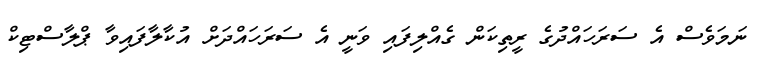
ނަމަވެސް އެ ސަރަހައްދުގެ ރީތިކަން ގެއްލިފައި ވަނީ އެ ސަރަހައްދަށް އުކާލާފައިވާ ޕްލާސްޓިކް